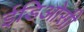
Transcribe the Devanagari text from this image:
ईडिओसी